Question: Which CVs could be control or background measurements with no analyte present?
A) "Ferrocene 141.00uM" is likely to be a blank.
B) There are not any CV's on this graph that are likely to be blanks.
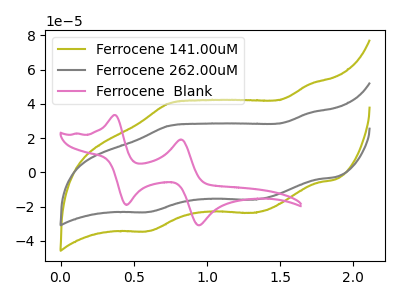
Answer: <think>The olive curve "Ferrocene 141.00uM" has anodic peaks at (1.70V, 51.40uA) (0.75V, 40.20uA) and cathodic peaks at (1.30V, -23.65uA) (0.60V, -34.30uA). The gray curve "Ferrocene 262.00uM" has anodic peaks at (1.70V, 34.65uA) (0.75V, 27.10uA) and cathodic peaks at (1.30V, -15.95uA) (0.60V, -23.15uA). The pink curve "Ferrocene  Blank" has anodic peaks at (0.35V, 33.50uA) (0.80V, 19.20uA) and cathodic peaks at (0.45V, -19.05uA) (0.95V, -30.95uA).</think>
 <answer>B) There are not any CV's on this graph that are likely to be blanks.</answer>
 <eval>B</eval>